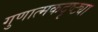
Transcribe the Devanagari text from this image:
गुणात्मकदृष्ट्या